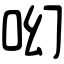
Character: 𠯻